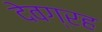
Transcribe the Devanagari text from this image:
देवग्रह